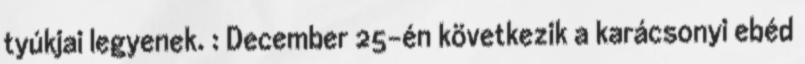
tyúkjai legyenek. : December 25-én következik a karácsonyi ebéd